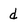
Character: d